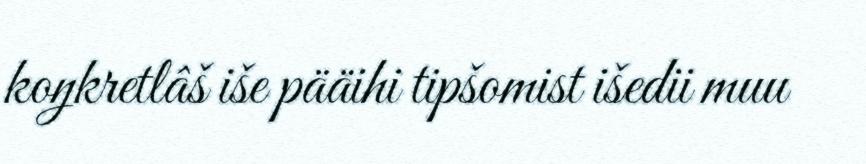
koŋkretlâš iše pääihi tipšomist išedii muu